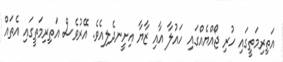
އަތިރިމަތީގައި ހުރި ޖޯއްޔެއްގައި ހައުލާ އާއި ޒާޔާ އިށީނދެލިއެވެ. އޭރުވެސް އަތިރިމަތީގައި އެތައް